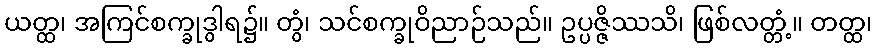
ယတ္ထ၊ အကြင်စက္ခုဒွါရ၌။ တွံ၊ သင်စက္ခုဝိညာဉ်သည်။ ဥပ္ပဇ္ဇိဿသိ၊ ဖြစ်လတ္တံ့။ တတ္ထ၊